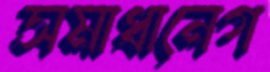
সমাধানেগ